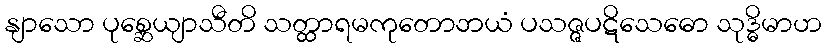
နျာသော ပုစ္ဆေယျာသီတိ သတ္ထာရမကုတောဘယံ ပသဇ္ဇပဋိသေဓော သုဒ္ဓိမာဟ